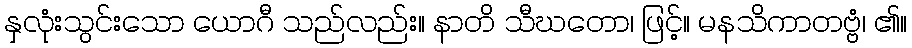
နှလုံးသွင်းသော ယောဂီ သည်လည်း။ နာတိ သီဃတော၊ ဖြင့်။ မနသိကာတဗ္ဗံ၊ ၏။